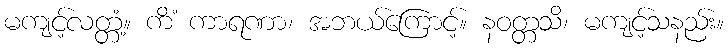
မကျင့်လတ္တံ့။ ကိံ ကာရဏာ၊ အဘယ်ကြောင့်။ နဝတ္တသိ၊ မကျင့်သနည်း။